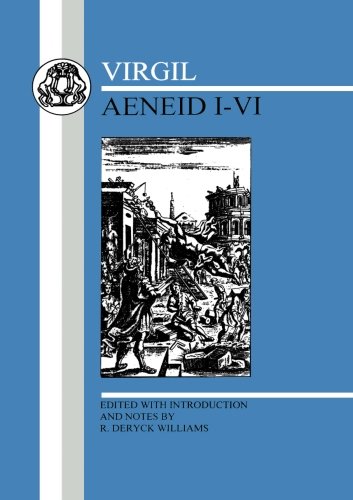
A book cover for Virgil: Aeneid I-VI (Bks. 1-6); Virgil; Literature & Fiction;